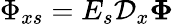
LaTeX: \Phi_{xs}=E_{s}\mathcal{D}_{x}\boldsymbol{\Phi}